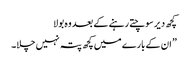
کچھ دیر سوچتے رہنے کے بعد وہ بولا
” ان کے بارے میں کچھ پتہ نہیں چلا۔